Annual administration and progress report of the Indian Medical Department, Bombay
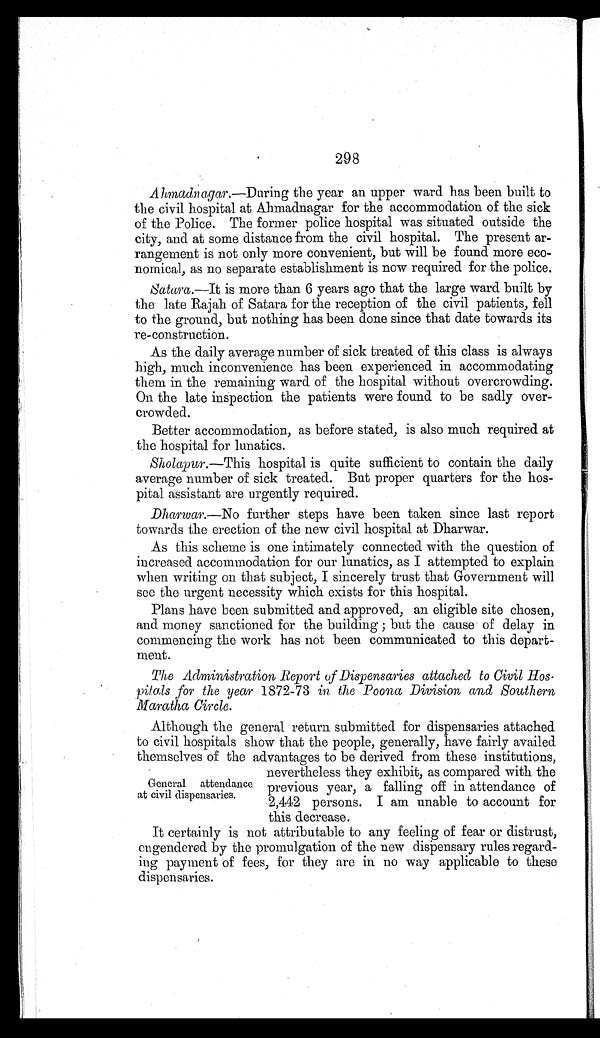
298
Ahmadnagar. —During the year an upper ward has been built to
t he ci vi l hospi t al at Ahmadnagar for t he accommodat i on of t he si ck
of the Police. The former police hospital was situated outside the
city, and at some distance from the civil hospital. The present ar
-
rangement is not only more convenient, but will be found more eco
-
nomical, as no separate establishment is now required for the police.
Satara.—It is more than 6 years ago that the large ward built by
the late Rajah of Satara for the reception of the civil patients, fell
to the ground, but nothing has been done since that date towards its
re-construction.
As the daily average number of sick treated of this class is always
high, much inconvenience has been experienced in accommodating
them in the remaining ward of the hospital without overcrowding.
On the late inspection the patients were found to be sadly over
-
crowded.
Better accommodation, as before stated, is also much required at
the hospital for lunatics.
Sholapur.—This hospital is quite sufficient to contain the daily
average number of sick treated. But proper quarters for the hos
-
pital assistant are urgently required.
Dharwar.—No further steps have been taken since last report
towards the erection of the new civil hospital at Dharwar.
As this scheme is one intimately connected with the question of
increased accommodation for our lunatics, as I attempted to explain
when writing on that subject, I sincerely trust that Government will
see the urgent necessity which exists for this hospital.
Plans have been submitted and approved, an eligible site chosen,
and money sanctioned for the building ; but the cause of delay in
commencing the work has not been communicated to this depart
-
ment.
The Administration Report of Dispensaries attached to Civil Hos
-
pitals for the year 1872-73 in the Poona Division and Southern
Maratha Circle.
Although the general return submitted for dispensaries attached
to civil hospitals show that the people, generally, have fairly availed
themselves of the advantages to be derived from these institutions,
nevertheless they exhibit, as compared with the
previous year, a falling off in attendance of
2,442 persons. I am unable to account for
this decrease.
It certainly is not attributable to any feeling of fear or distrust,
engendered by the promulgation of the new dispensary rules regard
-
ing payment of fees, for they are in no way applicable to these
dispensaries.
General attendance
at civil dispensaries.